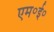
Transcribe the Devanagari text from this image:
एम॰ई॰